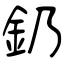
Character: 釢